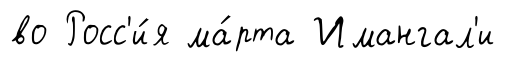
во Росс'и́я ма́рта Имангал'и